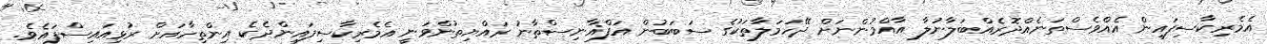
އެމެރިކާސިފައިން އެއްވެސްތަނެއްދޮރެއްބަލާނުލާ އާއްމުންނަށް ދޭހަމަލާތަކުގެ ސަބަބުން އަފްޣާނިސްތާނު ރައްޔިތުންވަނީ އެމެރިކާސިފައިންދެކެ އިންތިހާއަށް ރުޅިއައިސްފައެވެ.